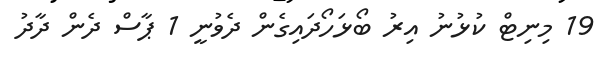
19 މިނިޓް ކުޅުނު އިރު ބޯޅަހޯދައިގެން ދެވުނީ 1 ޕާސް ދެން ދާދު